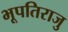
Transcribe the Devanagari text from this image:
भूपतिराजु